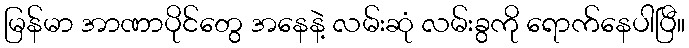
မြန်မာ အာဏာပိုင်တွေ အနေနဲ့ လမ်းဆုံ လမ်းခွကို ရောက်နေပါပြီ။